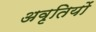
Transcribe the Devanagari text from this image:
अवृतियों